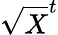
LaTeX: \sqrt{X}^{t}